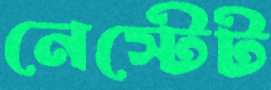
নেস্টেট